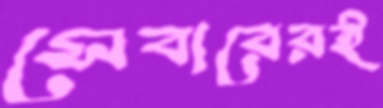
সেবারেরই